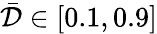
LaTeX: \bar{\mathcal{D}}\in[0.1,0.9]